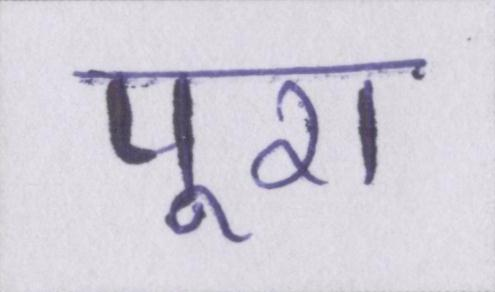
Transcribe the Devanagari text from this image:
पूरा